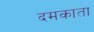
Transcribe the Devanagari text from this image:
दमकाता